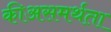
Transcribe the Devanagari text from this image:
कीअसमर्थता